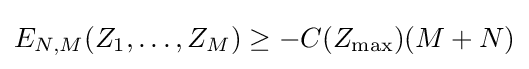
E_{N,M}(Z_{1},\dots ,Z_{M})\geq -C(Z_{\max })(M+N)